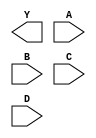
module sky130_fd_sc_hs__nand4 (
    Y,
    A,
    B,
    C,
    D
);

    output Y;
    input  A;
    input  B;
    input  C;
    input  D;

    // Voltage supply signals
    supply1 VPWR;
    supply0 VGND;

endmodule